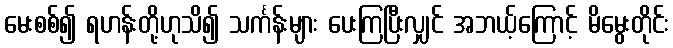
မေးစစ်၍ ရဟန်းတို့ဟုသိ၍ သင်္ကန်းများ ပေးကြပြီးလျှင် အဘယ့်ကြောင့် မိမွေးတိုင်း